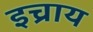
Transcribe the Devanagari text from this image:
इच्राय